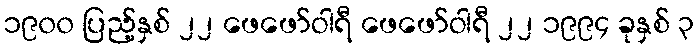
၁၉၀၀ ပြည့်နှစ် ၂၂ ဖေဖော်ဝါရီ ဖေဖော်ဝါရီ ၂၂ ၁၉၉၄ ခုနှစ် ၃